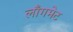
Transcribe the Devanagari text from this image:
लाँगमेट